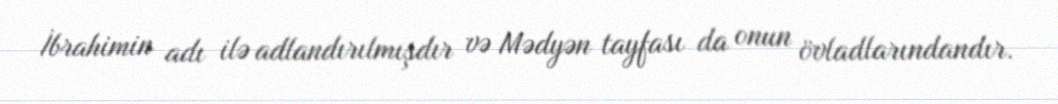
İbrahimin adı ilə adlandırılmışdır və Mədyən tayfası da onun övladlarındandır.